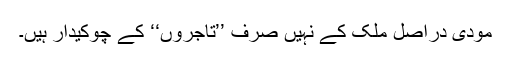
مودی دراصل ملک کے نہیں صرف ’’تاجروں‘‘ کے چوکیدار ہیں۔